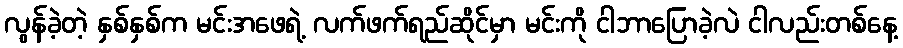
လွန်ခဲ့တဲ့ နှစ်နှစ်က မင်းအဖေရဲ့ လက်ဖက်ရည်ဆိုင်မှာ မင်းကို ငါဘာပြောခဲ့လဲ ငါလည်းတစ်နေ့